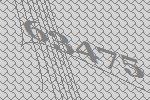
63475